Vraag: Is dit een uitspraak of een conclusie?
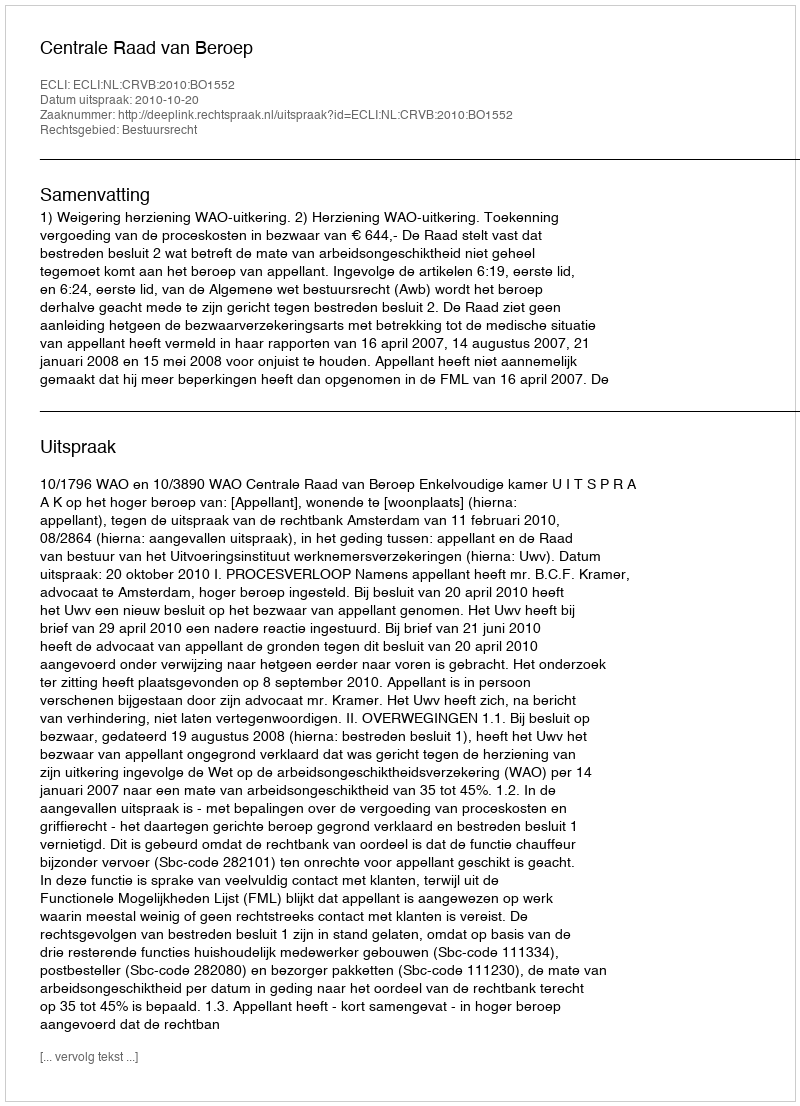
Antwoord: Uitspraak